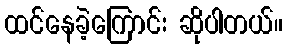
ထင်နေခဲ့ကြောင်း ဆိုပါတယ်။